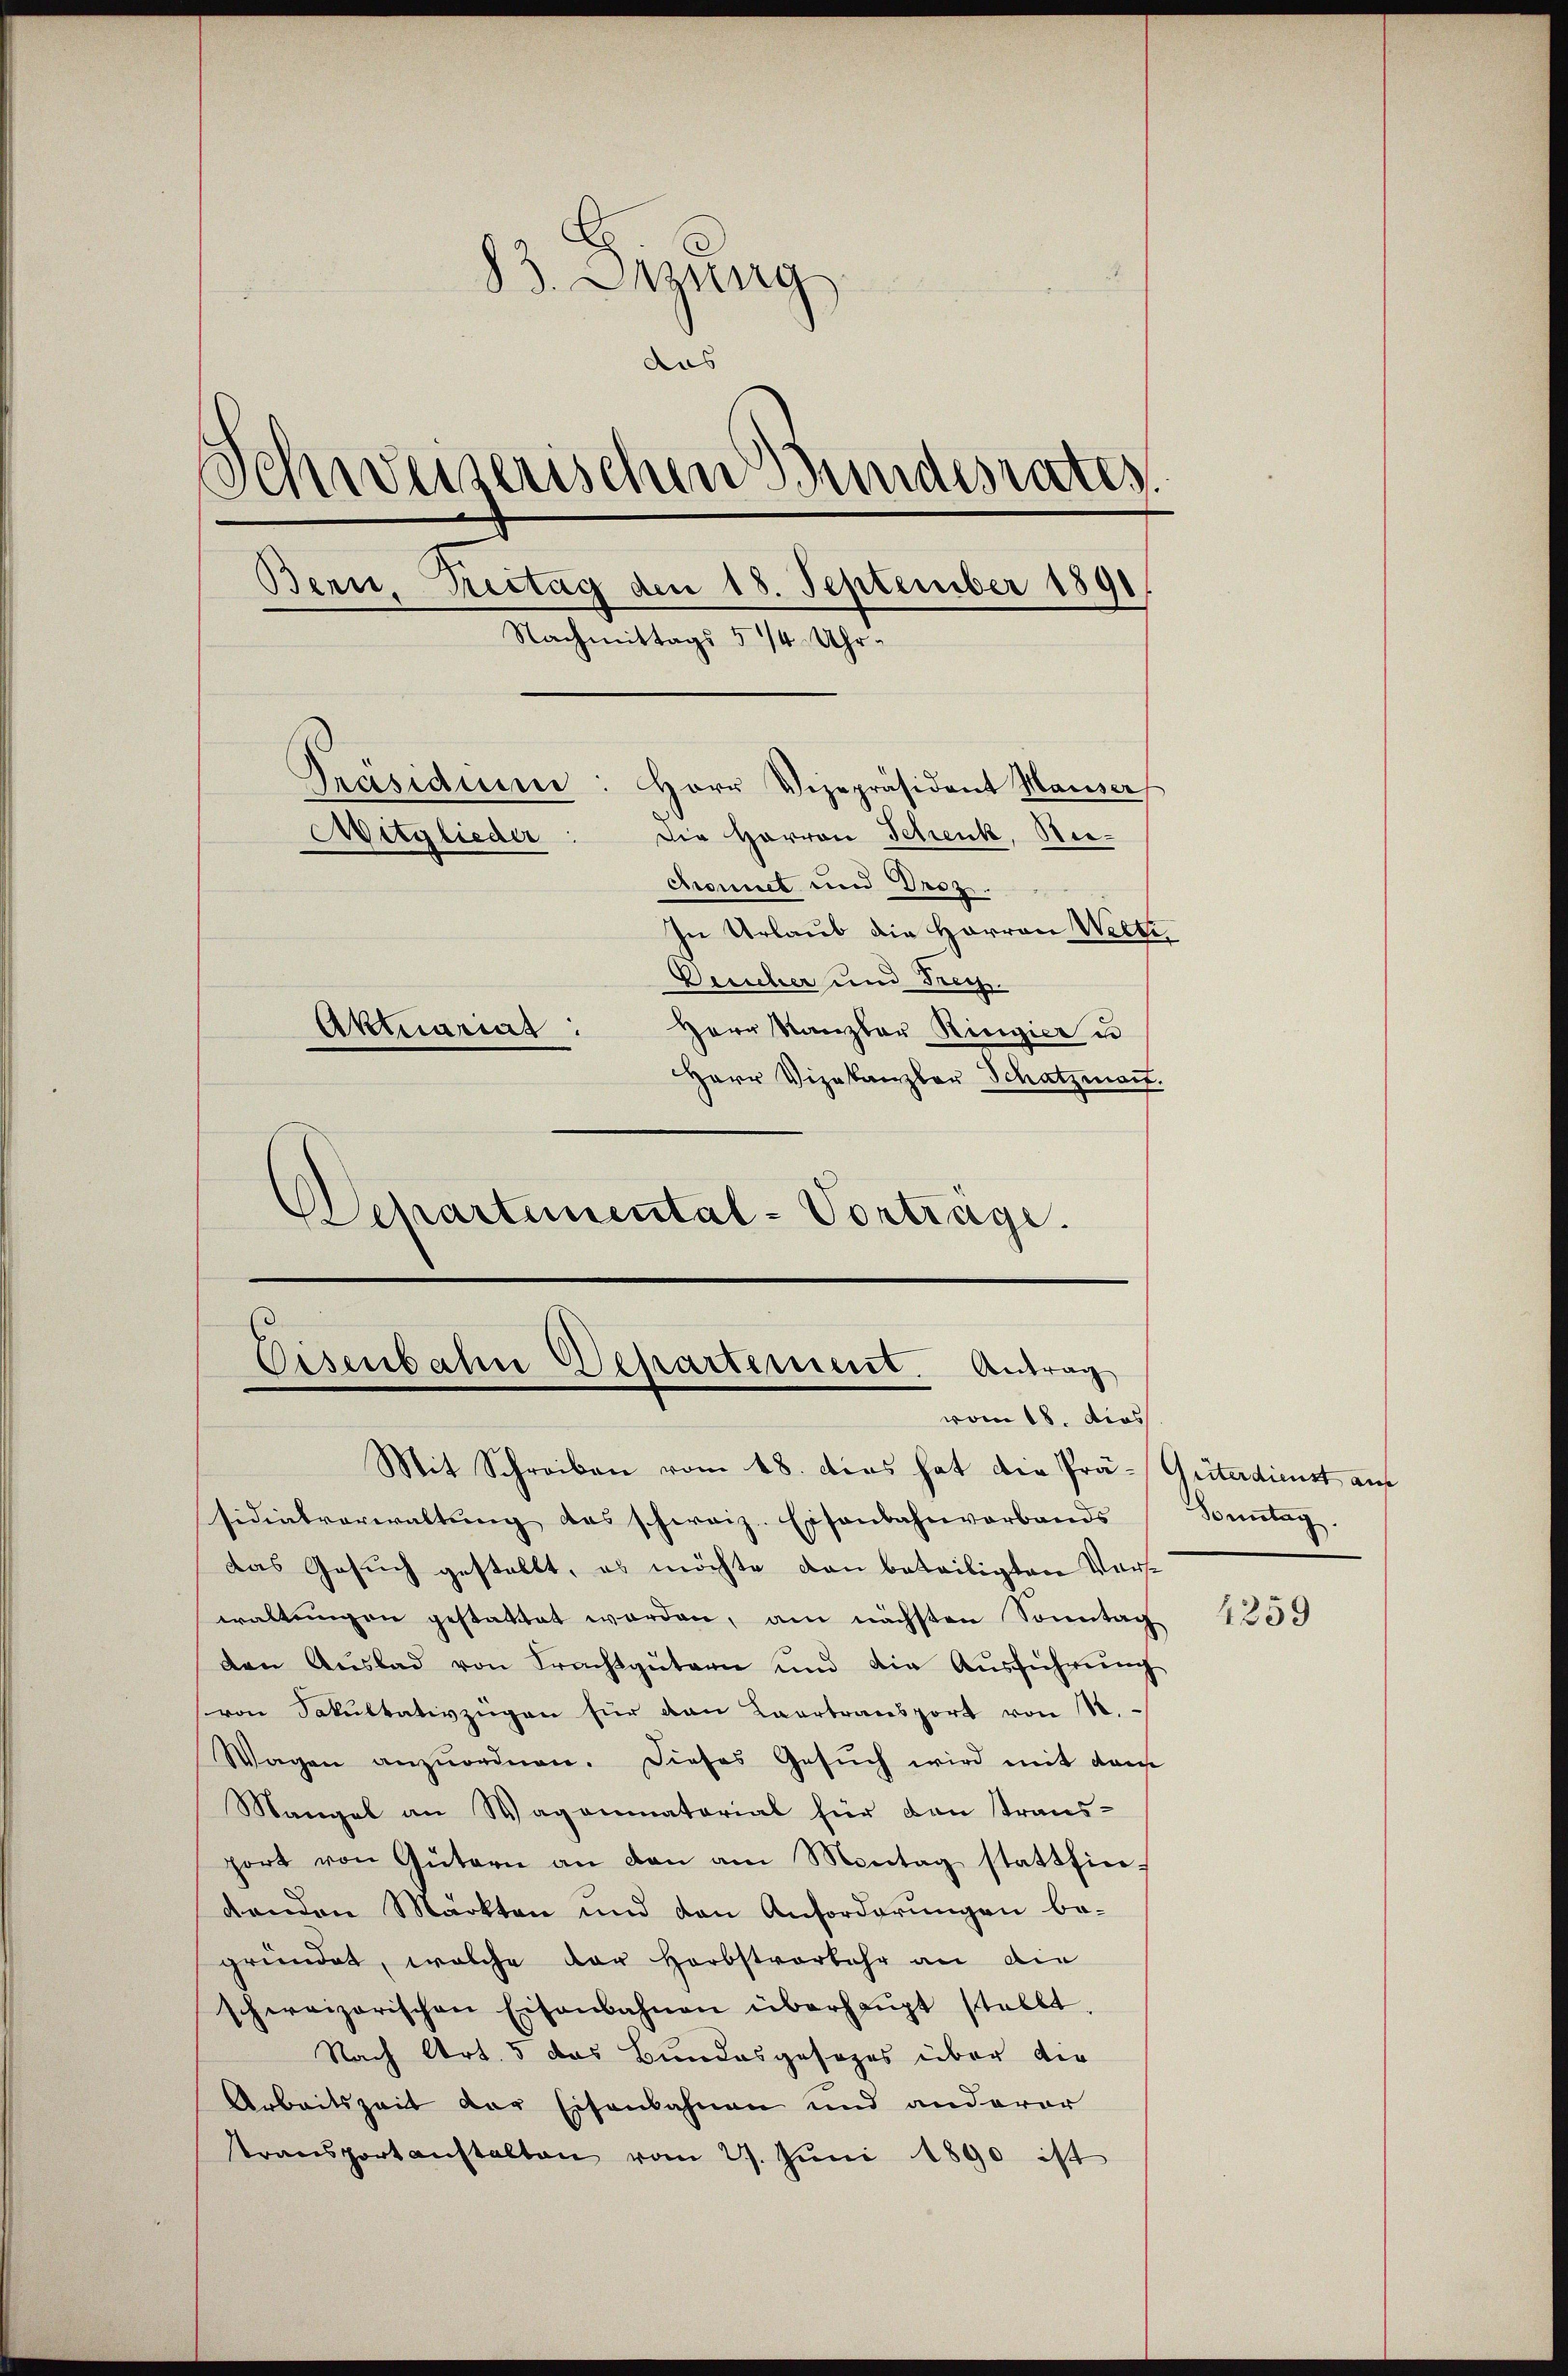
83. Aug
aas
Schweizerischen Bundesrates
Bern, Testag den 18. September 1891
Nachmittags 5 1/4 Uhr¬
Präsidium: Herr Vizepräsident Hauser
Mitglieder
Die Harron Schenk, Nieciennet und Droz.
In Urlaub die Herren Welti,
Deuscher und Fruch.
Aktuarias:
Herr Kanzlau Ringier u
Herr Vizekanzler Schatzmait.
Departemental-Vortrage.

Eisenbahn Departement. Antrag
vom 18. dies

Mit Schreiben vom 18. dies hat die Prä- Güterdienst auf
sidialverwaltung das schweiz. Eisenbahnverbands
das Gesuch gestellt, es möchte von beteiligten Vorswaltungen gestattet worden, am nächsten Sonntag
den Aŭslad von Frachtgütern und die Aŭsführŭng
von Sakultativzügen für dan Caertransport von 12.
Wagen anzŭordnen. Dieses Gesŭch wird mit dam
Mangel an Wagenmatorial für den transport von Gütern an den am Montag stattfin-
denden Märkten und den Anforderungen be-
gründet, welche der Herbstverkehr an die
schweizerischen Eisenbahnen überhaŭpt stellt.
Nach Art. 5 das Bundesgesezes über die
Arbeitszeit der Eisenbahnen und anderer
transportanstalten vom 27. Jŭni 1890 ist

Sonntag.

4259